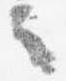
言